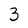
Character: 3